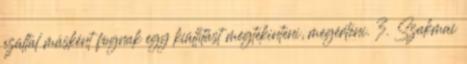
ezáltal másként fognak egy kiállítást megtekinteni, megérteni. 3. Szakmai